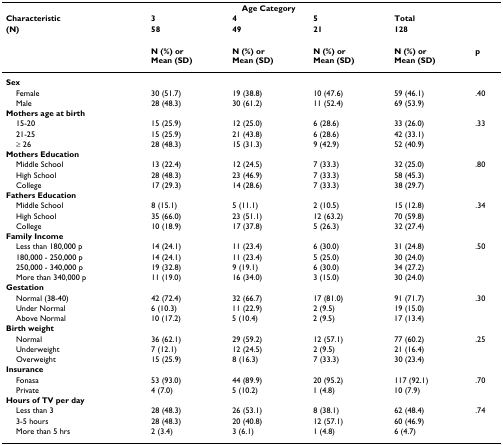
<table><thead><tr><td></td><td colspan="3"><b>Age Category</b></td><td></td><td></td></tr><tr><td><b>Characteristic</b></td><td><b>3</b></td><td><b>4</b></td><td><b>5</b></td><td><b>Total</b></td><td></td></tr><tr><td><b>(N)</b></td><td><b>58</b></td><td><b>49</b></td><td><b>21</b></td><td><b>128</b></td><td></td></tr></thead><tbody><tr><td></td><td><b>N (%) or</b><b>Mean (SD)</b></td><td><b>N (%) or</b><b>Mean (SD)</b></td><td><b>N (%) or</b><b>Mean (SD)</b></td><td><b>N (%) or</b><b>Mean (SD)</b></td><td><b>p</b></td></tr><tr><td><b>Sex</b></td><td></td><td></td><td></td><td></td><td></td></tr><tr><td> Female</td><td>30 (51.7)</td><td>19 (38.8)</td><td>10 (47.6)</td><td>59 (46.1)</td><td>.40</td></tr><tr><td> Male</td><td>28 (48.3)</td><td>30 (61.2)</td><td>11 (52.4)</td><td>69 (53.9)</td><td></td></tr><tr><td><b>Mothers age at birth</b></td><td></td><td></td><td></td><td></td><td></td></tr><tr><td> 15-20</td><td>15 (25.9)</td><td>12 (25.0)</td><td>6 (28.6)</td><td>33 (26.0)</td><td>.33</td></tr><tr><td> 21-25</td><td>15 (25.9)</td><td>21 (43.8)</td><td>6 (28.6)</td><td>42 (33.1)</td><td></td></tr><tr><td> ≥ 26</td><td>28 (48.3)</td><td>15 (31.3)</td><td>9 (42.9)</td><td>52 (40.9)</td><td></td></tr><tr><td><b>Mothers Education</b></td><td></td><td></td><td></td><td></td><td></td></tr><tr><td> Middle School</td><td>13 (22.4)</td><td>12 (24.5)</td><td>7 (33.3)</td><td>32 (25.0)</td><td>.80</td></tr><tr><td> High School</td><td>28 (48.3)</td><td>23 (46.9)</td><td>7 (33.3)</td><td>58 (45.3)</td><td></td></tr><tr><td> College</td><td>17 (29.3)</td><td>14 (28.6)</td><td>7 (33.3)</td><td>38 (29.7)</td><td></td></tr><tr><td><b>Fathers Education</b></td><td></td><td></td><td></td><td></td><td></td></tr><tr><td> Middle School</td><td>8 (15.1)</td><td>5 (11.1)</td><td>2 (10.5)</td><td>15 (12.8)</td><td>.34</td></tr><tr><td> High School</td><td>35 (66.0)</td><td>23 (51.1)</td><td>12 (63.2)</td><td>70 (59.8)</td><td></td></tr><tr><td> College</td><td>10 (18.9)</td><td>17 (37.8)</td><td>5 (26.3)</td><td>32 (27.4)</td><td></td></tr><tr><td><b>Family Income</b></td><td></td><td></td><td></td><td></td><td></td></tr><tr><td> Less than 180,000 p</td><td>14 (24.1)</td><td>11 (23.4)</td><td>6 (30.0)</td><td>31 (24.8)</td><td>.50</td></tr><tr><td> 180,000 - 250,000 p</td><td>14 (24.1)</td><td>11 (23.4)</td><td>5 (25.0)</td><td>30 (24.0)</td><td></td></tr><tr><td> 250,000 - 340,000 p</td><td>19 (32.8)</td><td>9 (19.1)</td><td>6 (30.0)</td><td>34 (27.2)</td><td></td></tr><tr><td> More than 340,000 p</td><td>11 (19.0)</td><td>16 (34.0)</td><td>3 (15.0)</td><td>30 (24.0)</td><td></td></tr><tr><td><b>Gestation</b></td><td></td><td></td><td></td><td></td><td></td></tr><tr><td> Normal (38-40)</td><td>42 (72.4)</td><td>32 (66.7)</td><td>17 (81.0)</td><td>91 (71.7)</td><td>.30</td></tr><tr><td> Under Normal</td><td>6 (10.3)</td><td>11 (22.9)</td><td>2 (9.5)</td><td>19 (15.0)</td><td></td></tr><tr><td> Above Normal</td><td>10 (17.2)</td><td>5 (10.4)</td><td>2 (9.5)</td><td>17 (13.4)</td><td></td></tr><tr><td><b>Birth weight</b></td><td></td><td></td><td></td><td></td><td></td></tr><tr><td> Normal</td><td>36 (62.1)</td><td>29 (59.2)</td><td>12 (57.1)</td><td>77 (60.2)</td><td>.25</td></tr><tr><td> Underweight</td><td>7 (12.1)</td><td>12 (24.5)</td><td>2 (9.5)</td><td>21 (16.4)</td><td></td></tr><tr><td> Overweight</td><td>15 (25.9)</td><td>8 (16.3)</td><td>7 (33.3)</td><td>30 (23.4)</td><td></td></tr><tr><td><b>Insurance</b></td><td></td><td></td><td></td><td></td><td></td></tr><tr><td> Fonasa</td><td>53 (93.0)</td><td>44 (89.9)</td><td>20 (95.2)</td><td>117 (92.1)</td><td>.70</td></tr><tr><td> Private</td><td>4 (7.0)</td><td>5 (10.2)</td><td>1 (4.8)</td><td>10 (7.9)</td><td></td></tr><tr><td><b>Hours of TV per day</b></td><td></td><td></td><td></td><td></td><td></td></tr><tr><td> Less than 3</td><td>28 (48.3)</td><td>26 (53.1)</td><td>8 (38.1)</td><td>62 (48.4)</td><td>.74</td></tr><tr><td> 3-5 hours</td><td>28 (48.3)</td><td>20 (40.8)</td><td>12 (57.1)</td><td>60 (46.9)</td><td></td></tr><tr><td> More than 5 hrs</td><td>2 (3.4)</td><td>3 (6.1)</td><td>1 (4.8)</td><td>6 (4.7)</td><td></td></tr></tbody></table>